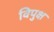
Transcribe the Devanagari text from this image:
विपुक्ष